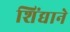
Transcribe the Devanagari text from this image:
शिंद्याने